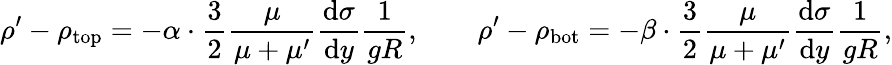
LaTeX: \rho^{\prime}-\rho_{\mathrm{top}}=-\alpha\cdot\frac{3}{2}\frac{\mu}{\mu+\mu^{\prime}}\frac{\mathrm{d}\sigma}{\mathrm{d}y}\frac{1}{gR},\quad\quad\rho^{\prime}-\rho_{\mathrm{bot}}=-\beta\cdot\frac{3}{2}\frac{\mu}{\mu+\mu^{\prime}}\frac{\mathrm{d}\sigma}{\mathrm{d}y}\frac{1}{gR},